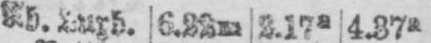
6.22m 2.17a 4.37a